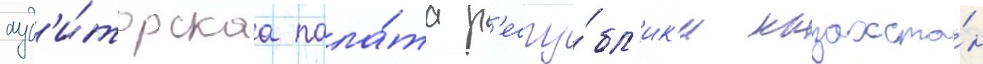
ауд'и́торскаа пала́та р'еспу́бл'ик'и казахста́н